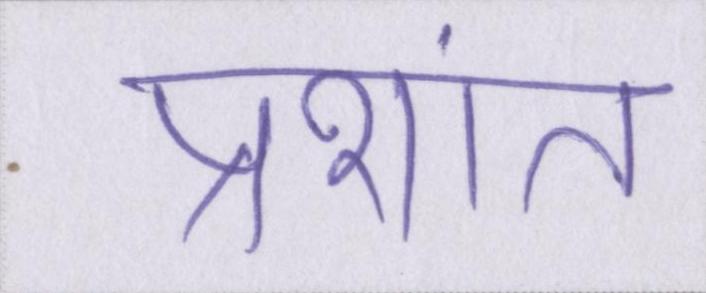
प्रशांत